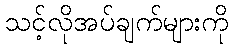
သင့်လိုအပ်ချက်များကို